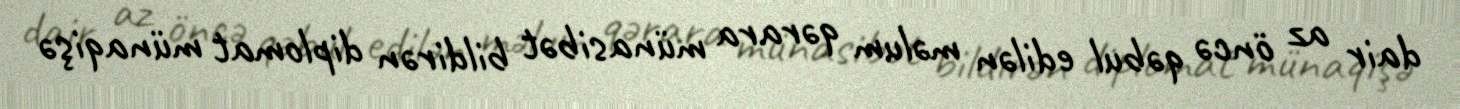
dair az öncə qəbul edilən məlum qərara münasibət bildirən diplomat münaqişə